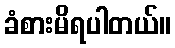
ခံစားမိရပါတယ်။